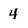
Character: 4